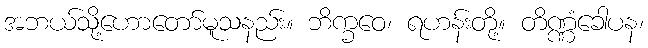
အဘယ်သို့ဟောတော်မူသနည်း။ ဘိက္ခဝေ၊ ရဟန်းတို့။ တိဏ္ဏံခေါပန၊